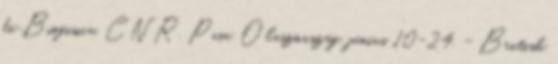
di Biofisica, CNR, Pisa, Olaszország, június 10-24. - British